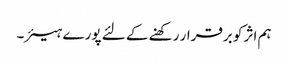
ہم اثر کو برقرار رکھنے کے لئے پورے ہیئر۔